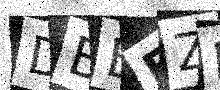
Text: DBEFZF